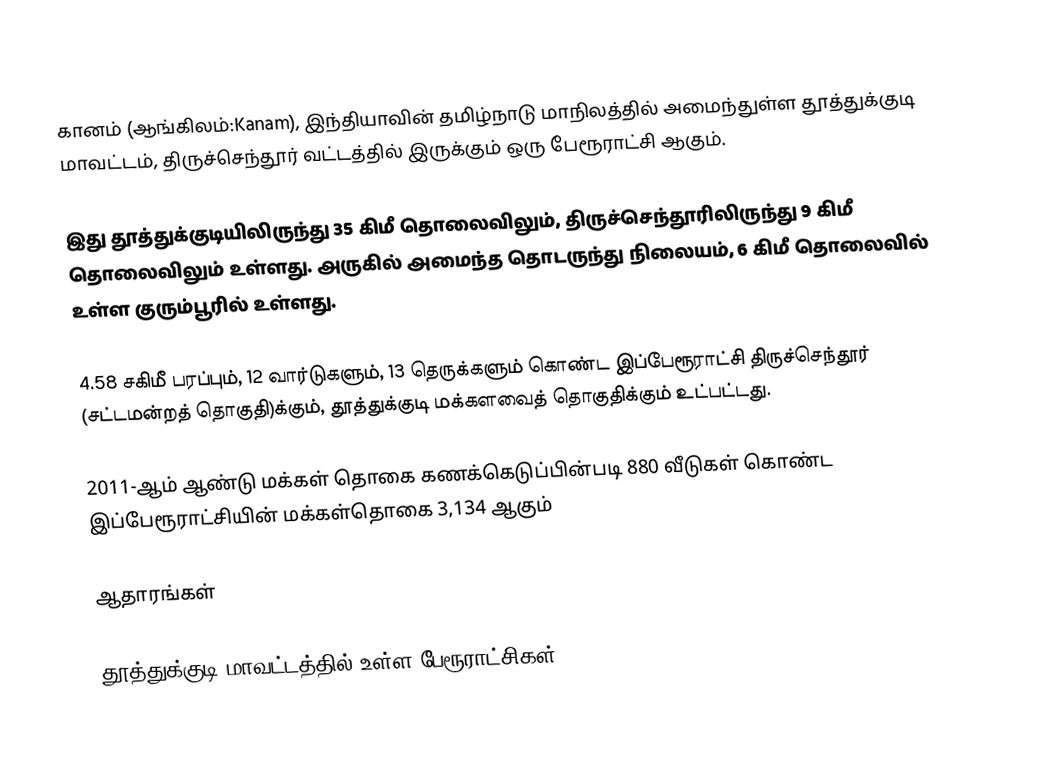
கானம் (ஆங்கிலம்:Kanam), இந்தியாவின் தமிழ்நாடு மாநிலத்தில் அமைந்துள்ள தூத்துக்குடி மாவட்டம், திருச்செந்தூர் வட்டத்தில் இருக்கும் ஒரு பேரூராட்சி ஆகும்.

இது தூத்துக்குடியிலிருந்து 35 கிமீ தொலைவிலும், திருச்செந்தூரிலிருந்து 9 கிமீ தொலைவிலும் உள்ளது. அருகில் அமைந்த தொடருந்து  நிலையம், 6 கிமீ தொலைவில் உள்ள  குரும்பூரில் உள்ளது.

4.58 சகிமீ பரப்பும்,  12  வார்டுகளும், 13  தெருக்களும் கொண்ட இப்பேரூராட்சி  திருச்செந்தூர் (சட்டமன்றத் தொகுதி)க்கும், தூத்துக்குடி மக்களவைத் தொகுதிக்கும் உட்பட்டது.

2011-ஆம் ஆண்டு மக்கள் தொகை கணக்கெடுப்பின்படி 880 வீடுகள் கொண்ட இப்பேரூராட்சியின் மக்கள்தொகை  3,134 ஆகும்

ஆதாரங்கள்

தூத்துக்குடி மாவட்டத்தில் உள்ள பேரூராட்சிகள்